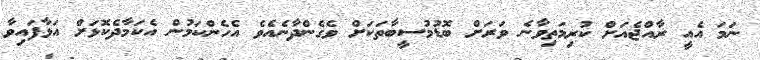
ނަމަ އެއީ ރާއްޖެއަށް ކުރިމަތިވާނެ ވަރަށް ބޮޑުމުސީބާތަކަށް ވެގެންދާނެއެވެ އެހެންކަމުން އެކަމާދެކޮޅަށް އަޅާފައިވާ